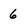
Character: 6